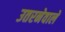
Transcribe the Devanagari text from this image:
उतरनेवाले